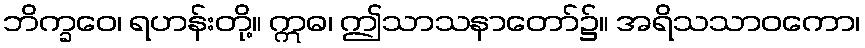
ဘိက္ခဝေ၊ ရဟန်းတို့။ ဣဓ၊ ဤသာသနာတော်၌။ အရိသသာဝကော၊